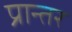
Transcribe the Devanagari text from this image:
प्रान्तर